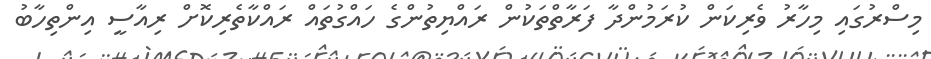
މިސްރުގައި މިހާރު ވެރިކަން ކުރަމުންދާ ފަރާތްތަކުން ރައްޔިތުންގެ ހައްގުތައް ރައްކާތެރިކޮށް ރިއާސީ އިންތިހާބު